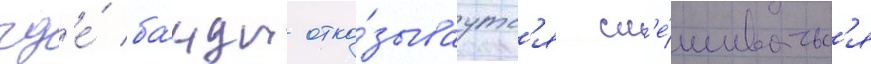
гд'е́ ба́нды отка́зываутс'я см'е́шиватьс'я